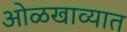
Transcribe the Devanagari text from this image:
ओळखाव्यात